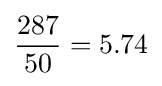
{\frac {287}{50}}=5.74